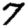
Digit: 7